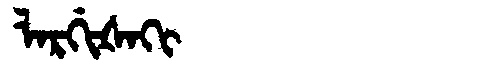
Manchu: ᠯᠠᡵᡤᡳᡧᠠᡴᡳ
Romanization: LARGIŠAKI